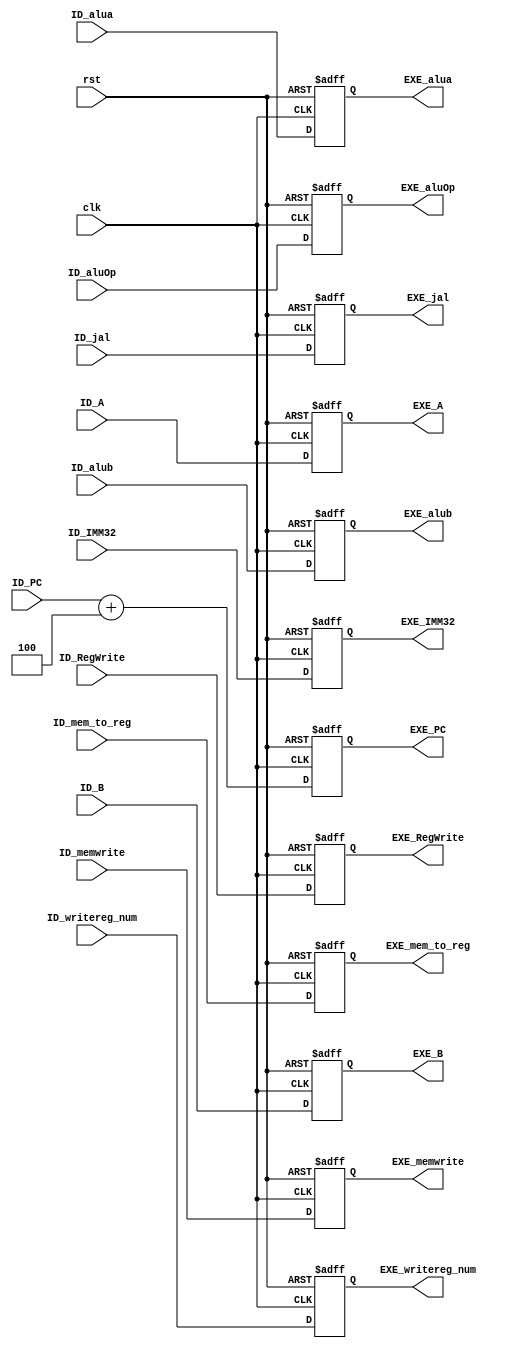
module EXE (clk,rst,ID_RegWrite,ID_mem_to_reg,ID_memwrite,ID_aluOp, ID_jal,ID_alua,ID_alub,ID_PC,ID_A,ID_B,ID_IMM32,ID_writereg_num,
			EXE_RegWrite,EXE_mem_to_reg,EXE_memwrite,EXE_aluOp, EXE_jal,EXE_alua,EXE_alub,EXE_PC,EXE_A,EXE_B,EXE_IMM32,EXE_writereg_num
			);
	input 			clk,rst,ID_RegWrite,ID_mem_to_reg,ID_memwrite,ID_jal,ID_alua,ID_alub;
	input [4:0]		ID_writereg_num;
	input [3:0] 	ID_aluOp;
	input [31:0]	ID_PC,ID_A,ID_B,ID_IMM32;
	
	output reg 			EXE_RegWrite,EXE_mem_to_reg,EXE_memwrite,EXE_jal,EXE_alua,EXE_alub;
	output reg [4:0]	EXE_writereg_num;
	output reg [3:0] 	EXE_aluOp;
	output reg [31:0]	EXE_PC,EXE_A,EXE_B,EXE_IMM32;
	
	always @(posedge clk,posedge rst)
	begin
		if(rst) begin
			EXE_A=0;
			EXE_B=0;
			EXE_IMM32=0;
			EXE_PC=0;
			EXE_RegWrite=0;
			EXE_aluOp=0;
			EXE_alua=0;
			EXE_alub=0;
			EXE_jal=0;
			EXE_mem_to_reg=0;
			EXE_memwrite=0;
			EXE_writereg_num=0;
		end
		else begin
			EXE_A=ID_A;
			EXE_B=ID_B;
			EXE_IMM32=ID_IMM32;
			EXE_PC=ID_PC+4;
			EXE_RegWrite=ID_RegWrite;
			EXE_aluOp=ID_aluOp;
			EXE_alua=ID_alua;
			EXE_alub=ID_alub;
			EXE_jal=ID_jal;
			EXE_mem_to_reg=ID_mem_to_reg;
			EXE_memwrite=ID_memwrite;
			EXE_writereg_num=ID_writereg_num;
		end
	end
endmodule
//EXE
//CPU